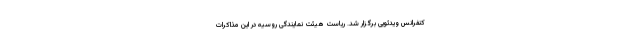
کنفرانس ویدئویی برگزار شد. ریاست هیئت نمایندگی روسیه در این مذاکرات